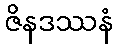
ဇိနဒဿနံ